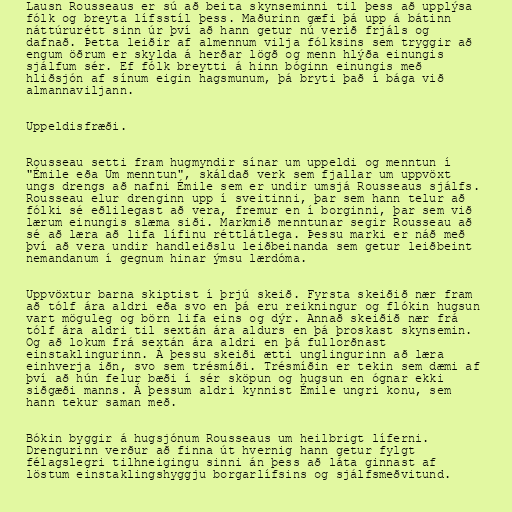
Lausn Rousseaus er sú að beita skynseminni til þess að upplýsa
fólk og breyta lífsstíl þess. Maðurinn gæfi þá upp á bátinn
náttúrurétt sinn úr því að hann getur nú verið frjáls og
dafnað. Þetta leiðir af almennum vilja fólksins sem tryggir að
engum öðrum er skylda á herðar lögð og menn hlýða einungis
sjálfum sér. Ef fólk breytti á hinn bóginn einungis með
hliðsjón af sínum eigin hagsmunum, þá bryti það í bága við
almannaviljann.

Uppeldisfræði.

Rousseau setti fram hugmyndir sínar um uppeldi og menntun í
"Émile eða Um menntun", skáldað verk sem fjallar um uppvöxt
ungs drengs að nafni Émile sem er undir umsjá Rousseaus sjálfs.
Rousseau elur drenginn upp í sveitinni, þar sem hann telur að
fólki sé eðlilegast að vera, fremur en í borginni, þar sem við
lærum einungis slæma siði. Markmið menntunar segir Rousseau að
sé að læra að lifa lífinu réttlátlega. Þessu marki er náð með
því að vera undir handleiðslu leiðbeinanda sem getur leiðbeint
nemandanum í gegnum hinar ýmsu lærdóma.

Uppvöxtur barna skiptist í þrjú skeið. Fyrsta skeiðið nær fram
að tólf ára aldri eða svo en þá eru reikningur og flókin hugsun
vart möguleg og börn lifa eins og dýr. Annað skeiðið nær frá
tólf ára aldri til sextán ára aldurs en þá þroskast skynsemin.
Og að lokum frá sextán ára aldri en þá fullorðnast
einstaklingurinn. Á þessu skeiði ætti unglingurinn að læra
einhverja iðn, svo sem trésmíði. Trésmíðin er tekin sem dæmi af
því að hún felur bæði í sér sköpun og hugsun en ógnar ekki
siðgæði manns. Á þessum aldri kynnist Émile ungri konu, sem
hann tekur saman með.

Bókin byggir á hugsjónum Rousseaus um heilbrigt líferni.
Drengurinn verður að finna út hvernig hann getur fylgt
félagslegri tilhneigingu sinni án þess að láta ginnast af
löstum einstaklingshyggju borgarlífsins og sjálfsmeðvitund.